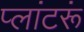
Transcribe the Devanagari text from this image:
प्लांटरूं